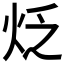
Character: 𤇮